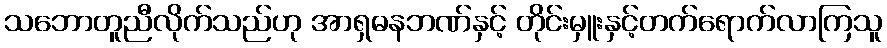
သဘောတူညီလိုက်သည်ဟု အာရှဓနဘဏ်နှင့် တိုင်းမှူးနှင့်တက်ရောက်လာကြသူ